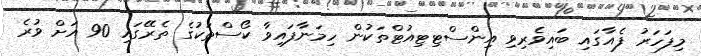
މިފަހަރު ފެއާގައި ބައިވެރިވި އިންސްޓިޓިއުޓްތަކުން ހިމަނާފައިވާ ކޯސްތަކުގެ ތެރޭގައި 90 އަށް ވުރެ